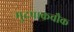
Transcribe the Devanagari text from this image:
मुदपाकचौक